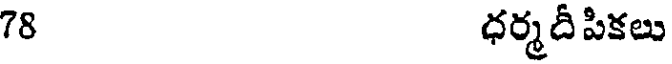
78 ధర్మదీపికలు